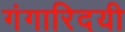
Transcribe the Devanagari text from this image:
गंगारिदयी